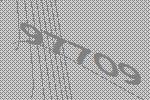
97709